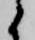
候